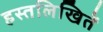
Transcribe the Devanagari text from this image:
हस्तलिखितें